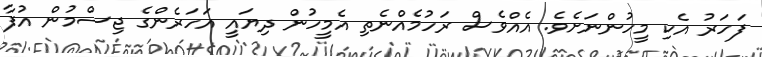
ފަހަރު އެކި މީހުންނަށެވެ. އެއްވެސް ރަހުމެއްނެތި އެމީހުން ދިޔައީ އަހަރެންގެ ޖިސްމުން އުފާ